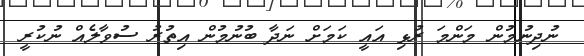
ނުދިނުމުން މަންމަ ރުޅި އައީ ކަމަށް ނަދާ ބުނުމުން އިތުރު ސުވާލެއް ނުކުރީ